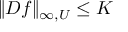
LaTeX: \| D f \| _ { \infty , U } \leq K